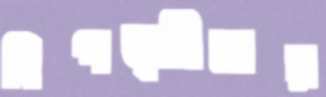
বিপত্সীমায়